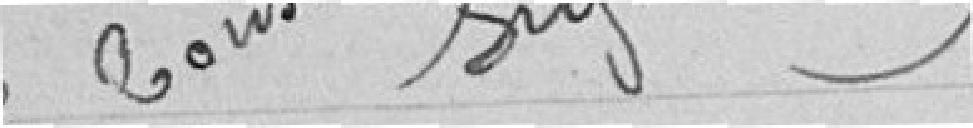
Le Conseiller de Préfecture délégué, signé illisible